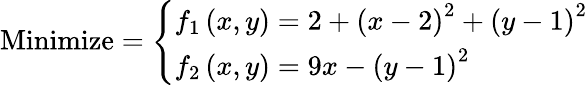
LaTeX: {\mathrm{Minimize}}={\left\{ \begin{array}{ll}{f_{1}\left(x,y\right)=2+\left(x-2\right)^{2}+\left(y-1\right)^{2}}\\ {f_{2}\left(x,y\right)=9x-\left(y-1\right)^{2}}\end{array}\right.}